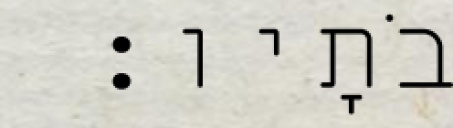
אֲבֹתָיו׃